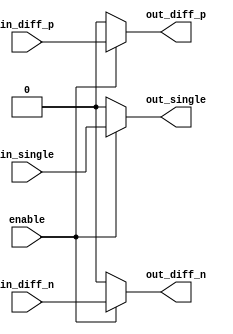
module differential_buffer (
  input in_diff_p,
  input in_diff_n,
  input in_single,
  input enable,
  output out_diff_p,
  output out_diff_n,
  output out_single
);

reg out_diff_p, out_diff_n, out_single;

always @ (in_diff_p, in_diff_n, in_single, enable)
begin
  if (enable)
  begin
    // Differential buffer
    out_diff_p = in_diff_p;
    out_diff_n = in_diff_n;
    
    // Single-ended buffer
    out_single = in_single;
  end
  else
  begin
    out_diff_p = 1'b0;
    out_diff_n = 1'b0;
    out_single = 1'b0;
  end
end

endmodule